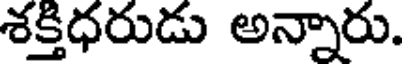
శక్తిధరుడు అన్నారు.